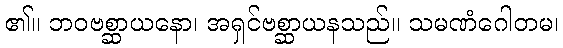
၏။ ဘဝဗစ္ဆာယနော၊ အရှင်ဗစ္ဆာယနသည်။ သမဏံဂေါတမ၊